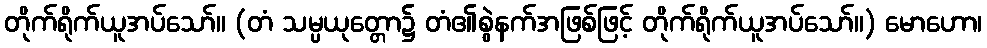
တိုက်ရိုက်ယူအပ်သော်။ (တံ သမ္ပယုတ္တော၌ တံ၏စွဲနက်အဖြစ်ဖြင့် တိုက်ရိုက်ယူအပ်သော်။) မောဟော၊